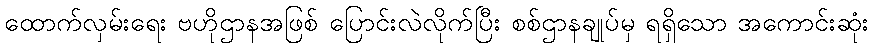
ထောက်လှမ်းရေး ဗဟိုဌာနအဖြစ် ပြောင်းလဲလိုက်ပြီး စစ်ဌာနချုပ်မှ ရရှိသော အကောင်းဆုံး